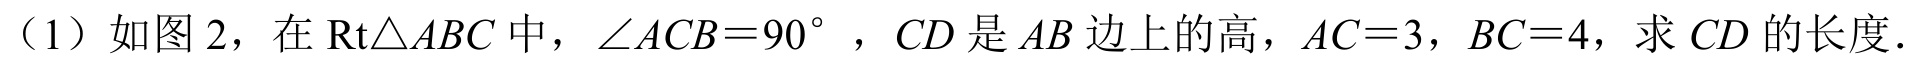
（1）如图 2，在\(\text{Rt}\triangle ABC\) 中，\(\angle ACB = 90^{\circ}\) ，\(CD\) 是 \(AB\) 边上的高，\(AC = 3\)，\(BC = 4\)，求 \(CD\) 的长度.